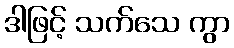
ဒါဖြင့် သက်သေ ကွာ